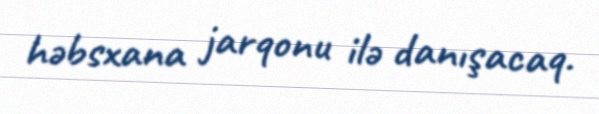
həbsxana jarqonu ilə danışacaq.